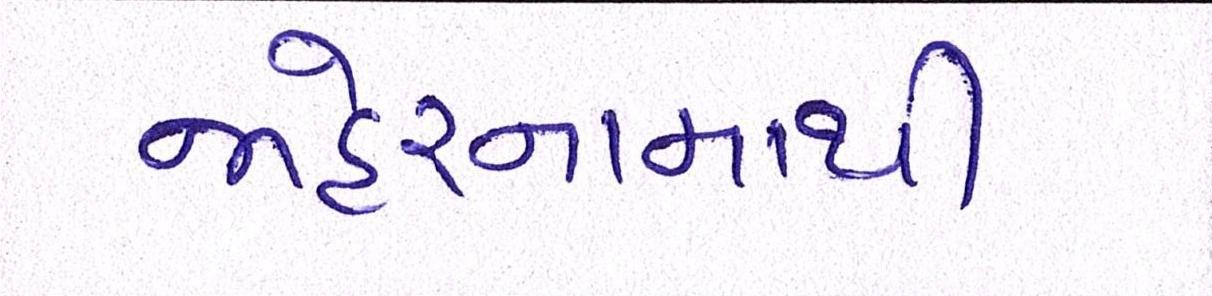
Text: જાહેરનામાથી